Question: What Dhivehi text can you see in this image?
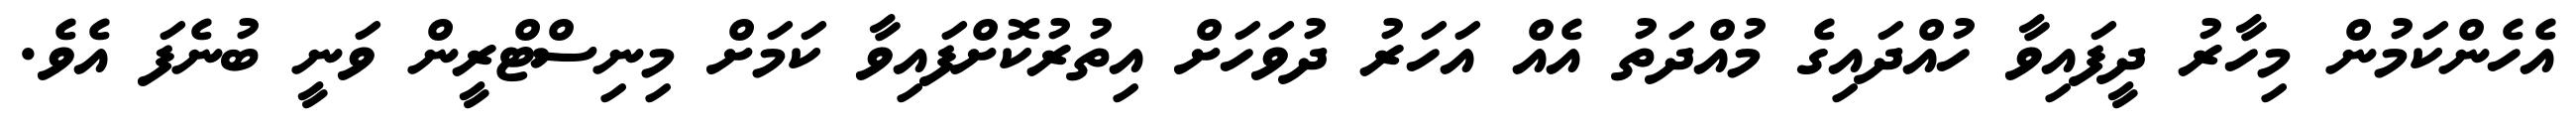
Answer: އެހެންކަމުން މިހާރު ދީފައިވާ ހުއްދައިގެ މުއްދަތު އެއް އަހަރު ދުވަހަށް އިތުރުކޮށްފައިވާ ކަމަށް މިނިސްޓްރީން ވަނީ ބުނެފަ އެވެ.